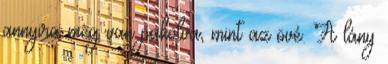
annyira meg van pakolva, mint az övé. A lány